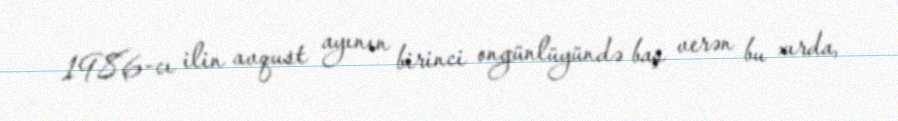
1986-cı ilin avqust ayının birinci ongünlüyündə baş verən bu xırda,